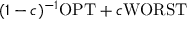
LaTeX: ( 1 - c ) ^ { - 1 } \mathrm { O P T } + c \mathrm { W O R S T }